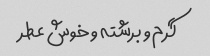
گرم و برشته و خوش عطر